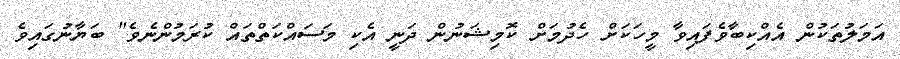
އަމަލުތަކުން އެއްކިބާވެފައިވާ މީހަކަށް ހެދުމަށް ކޮމިޝަނުން ދަނީ އެކި މަސައްކަތްތައް ކުރަމުންނެވެ" ބަޔާނުގައިވެ